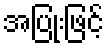
အပြုံးဖြင့်